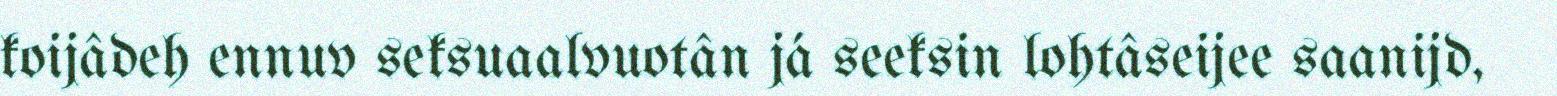
koijâdeh ennuv seksuaalvuotân já seeksin lohtâseijee saanijd,